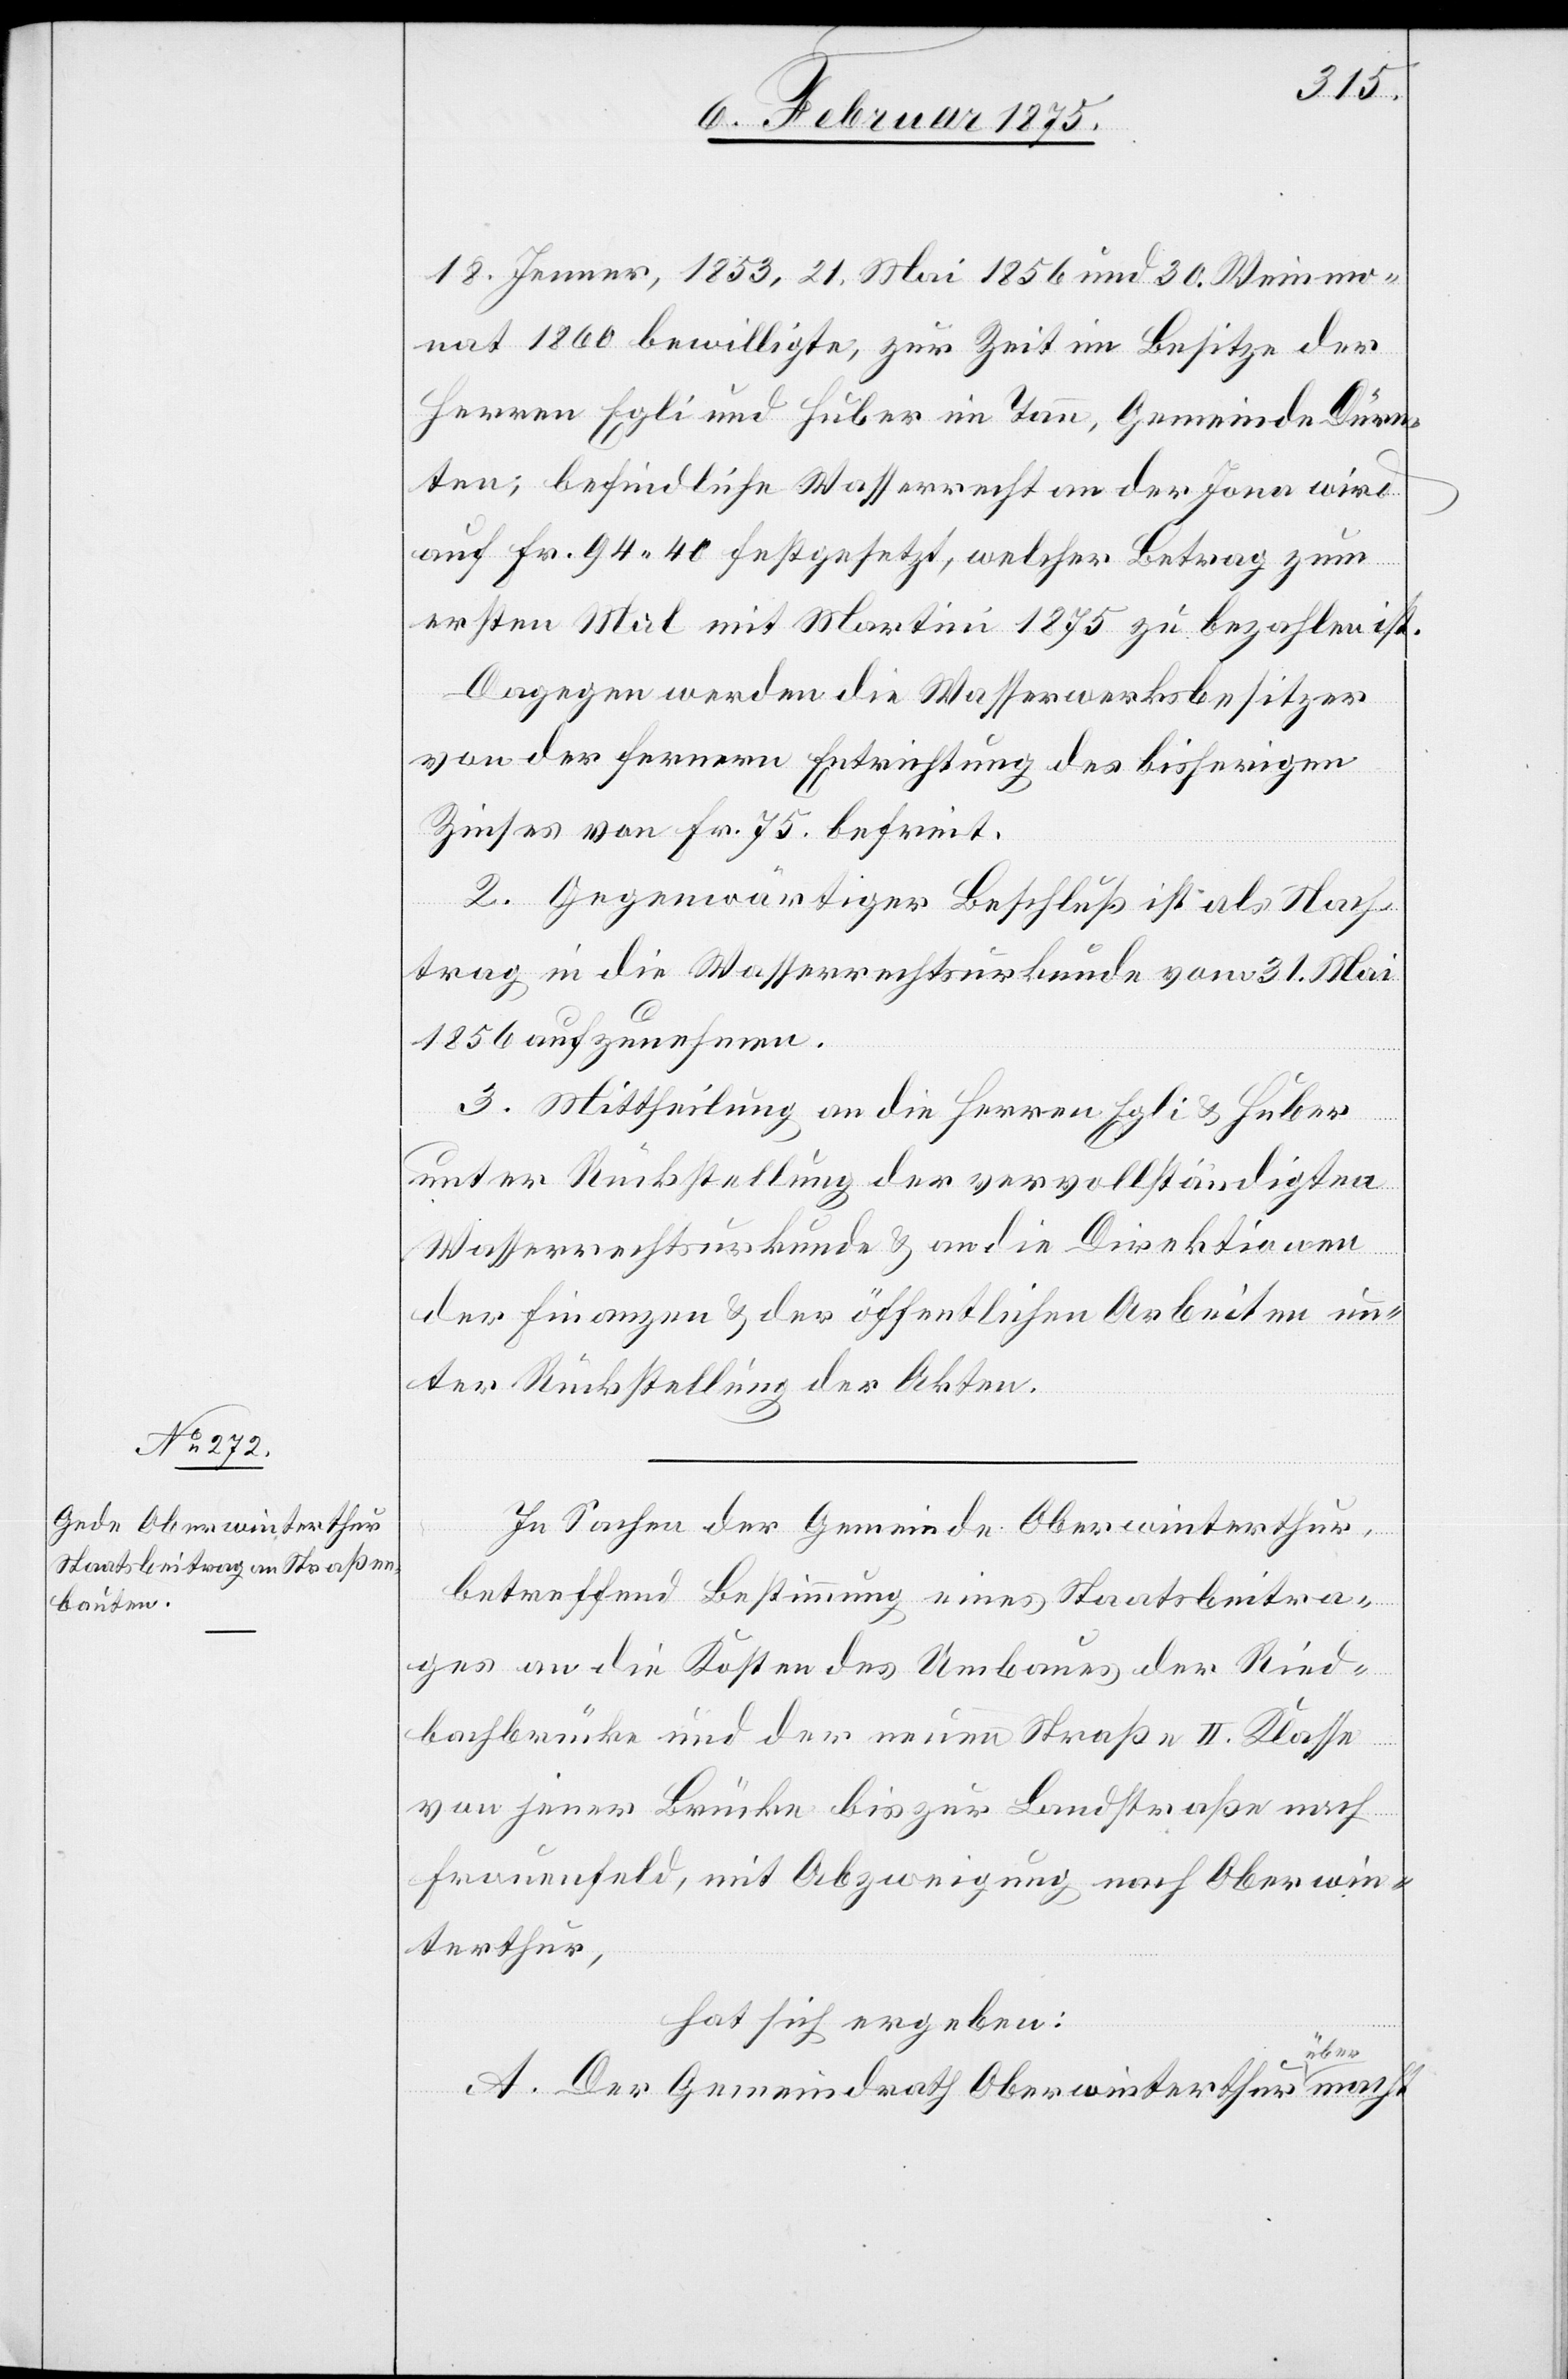
18. Jenner, 1853, 21. Mai 1856 und 30. Wintermo¬
nat 1860 bewilligte, zur Zeit im Besitze der
Herren Egli und Huber im Tann, Gemeinde Dürn¬
ten; befindliche Wasserrecht an der Jonn wird
auf Fr. 94. 40 festgesetzt, welcher Betrag zum
ersten Mal mit Martini 1875 zu bezahlen ist.
Dagegen werden die Wasserwerksbesitzer
von der fernern Entrichtung des bisherigen
Zinses von Fr. 75 befreit.
2. Gegenwärtiger Beschluß ist als Nach¬
trag in die Wasserrechtsurkunde vom 31. Mai
1856 aufzunehmen.
3. Mittheilung an die Herren Egli & Huber
unter Rückstellung der vervollständigten
Wasserrechtsurkunde & an die Direktionen
der Finanzen & der öffentlichen Arbeiten un¬
ter Rückstellung der Akten.
In Sachen der Gemeinde Oberwinterthur,
betreffend Bestimmung eines Staatsbeitra¬
ges an die Kosten des Umbaues der Ried¬
bachbrücke und der neuen Straße II. Klasse
von jener Brücke bis zur Landstraße nach
Frauenfeld, mit Abzweigung nach Oberwin¬
terthur,
hat sich ergeben:
A. Der Gemeindrath Oberwinterthur